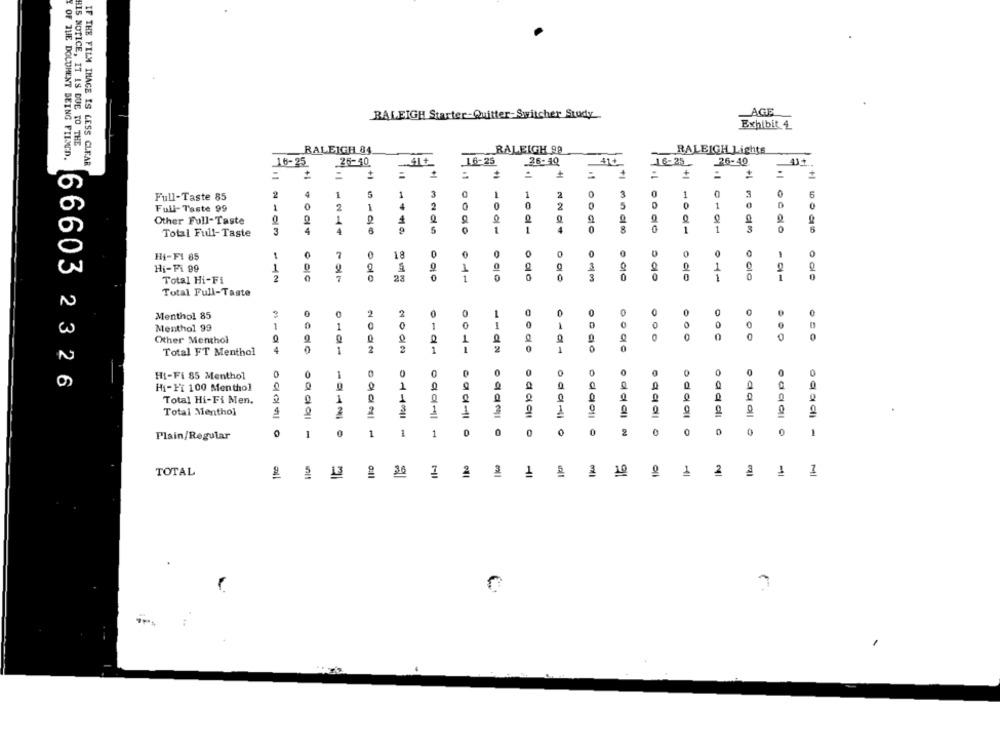
LAGE
RALEIGH Starter-Quitter-Switcher Study
Exhibit 4
HIS NOTICE, IT IS DUE TO THE
RALEIGH 84
RALEIGH 99
RALEIGH Lights
OF THE DOCUMENT BEING FILMED.
IF THE FILM IMAGE IS LESS CLEAR
16-25
26-40.
16-25
26-40
41+
16-25
26-40
=
+
+1
=
+1
2
4
1
5
1
3
1
1
3
0
1
0
3
6
Full-Taste 85
Full-Taste 99
1
0
1
4
2
0
2
5
1
0
0
Other Full-Taste
1
Total Full-Taste
3
4
4
S
1
1
8
0
1
1
Hi-FI 85
1
7
18
0
0
O
Hi-Fi 99
0
3
1
0
2
1
0
5 do
1
1
0
Total Hi-Fi
Total Full-Taste
2
Menthol 85
2
2
0
0
0
0
0
0
0
Menthol 99
1
1
0
1
0
1
1
0
3
0
0
0
0
0
Other Menthol
Total FT Menthol
1
2
2
1
01d1
1
0
HI-Fi 85 Menthol
0
0
0
0
66603 232 6
Hi-Fi 100 Menthol
0
1
0
0
0
0
0
0
Total Hi-Fi Men.
1
1
Total Menthol
2
2
1
1
0
Plain/Regular
1
0
1
000-1 -
1
1
000-11 -
0
0
0
0
2
TOTAL
36
2
10
1
2
1
1
13
1